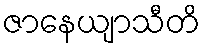
ဇာနေယျာသီတိ